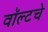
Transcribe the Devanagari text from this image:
वॉल्टचे